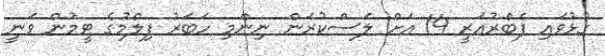
ގުޅުވައި ފެބްރުއަރީ 14 އަށް ލަސްކުރަން ނިންމި ހަބަރު ފިލްމުގެ ޓީމުން ވަނީ